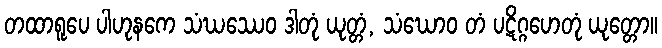
တထာရူပေ ပါဟုနကေ သံဃဿေဝ ဒါတုံ ယုတ္တံ, သံဃောဝ တံ ပဋိဂ္ဂဟေတုံ ယုတ္တော။